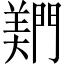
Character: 𬮎